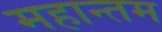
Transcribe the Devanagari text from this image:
महान्तम